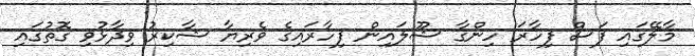
މާލޭގައި ފަސް ފިހާރަ ހިންގާ ޝޫލައިން ފިހާރައިގެ ވެރިޔާ ޝާކިރު ވިދާޅުވި ގޮތުގައި